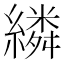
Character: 繗